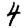
Digit: 4